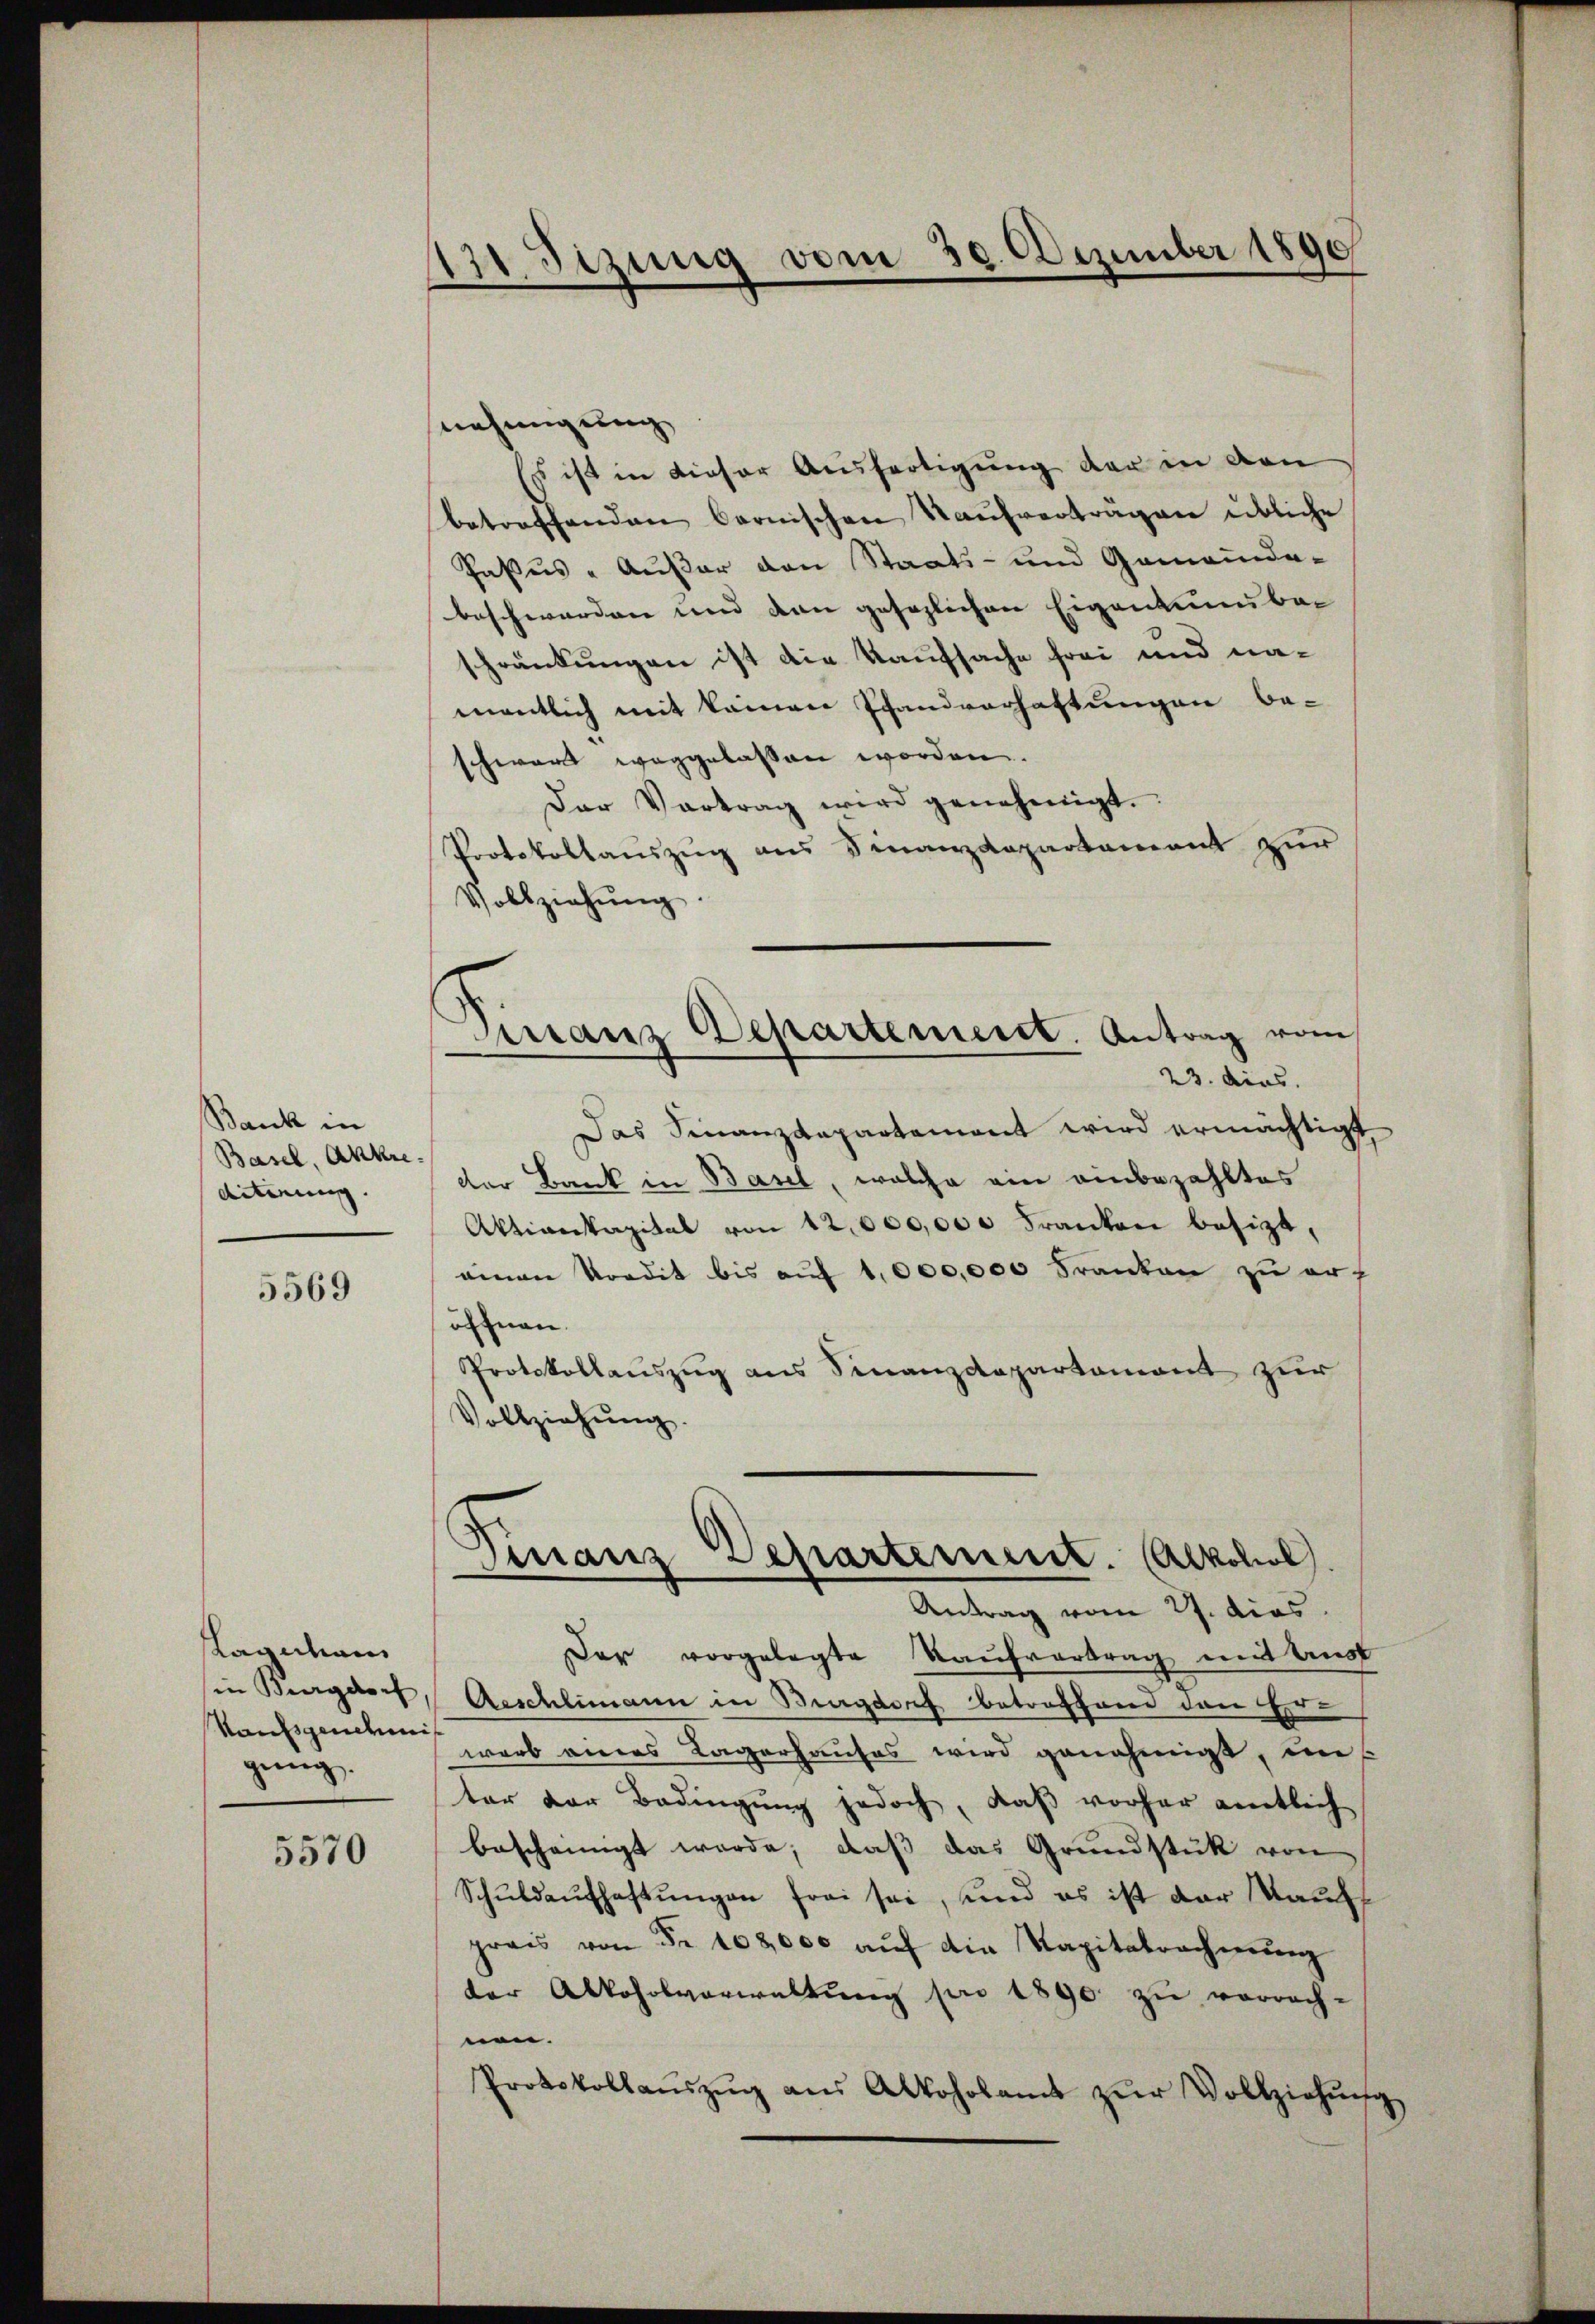
Bank in
Basel, Ankre
diterung.

5569

Ragation
in Burgdorf,
Raulgendemis
gung.

5570

31 Sizung vom 30. Dezember 1890

nehmigung
s ist in dieser Ausfertigung der in den
betreffenden bernischen Kaufverträgen übliche
Pasus - Außer den Staats- und Gemeinde-
beschwerden und den gesezlichen Eigentumbaschränkungen ist die Kaufsache frei und namentlich mit keinen Pfandverhaftungen be-
schwert weggelassen worden.
Der Vortrag wird genehmigt.
Protokollauszug aus Finanzdepartement zur
Vollziehŭng.
Franz Departement. Antrag vom
23. dies
Das Finanzdepartement wird ermächtigt
der Bank in Basel, welche ein einbezahltes
Aktienkapital von 12,000,000 Franken besizt,
einen Nordit bis aŭf 1,000,000 Franken zu eröffnen.
Protokollauszug aus Finanzdepartament zur
Vollziehŭng.

Finanz Departement. Alkohol
Antrag vom 27. dies

Der vorgelegte Kaufvertrag mit Aust
Aeschlimann in Burgdorf betroffene den Erwarb eines Lagerhauses wird genehmigt, inter der Bedingŭng jedoch, daß vorher amtlich
bescheinigt werde, daß das Grundstük von
Schŭldaŭfhastŭngen frei sei, und es ist der auch
prais von Fr. 108,000 aŭf die Kapitalrechnŭng
der Alkoholverwaltŭng pro 1890 zŭ verrach-
nen.
Protokollaŭszŭg aŭs Alkoholamt zŭr Vollziehŭng